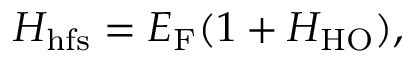
H _ { \mathrm { h f s } } = E _ { \mathrm { F } } ( 1 + H _ { \mathrm { H O } } ) ,